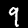
Digit: 9